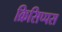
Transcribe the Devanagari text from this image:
क्रिसिप्पस